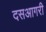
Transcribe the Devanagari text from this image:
दसआगरी